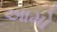
આમો